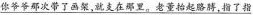
\underline{你爷爷那次带了画架，就支在那里。老董抬起胳膊，指了指}